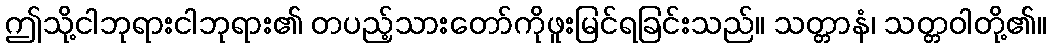
ဤသို့ငါဘုရားငါဘုရား၏ တပည့်သားတော်ကိုဖူးမြင်ရခြင်းသည်။ သတ္တာနံ၊ သတ္တဝါတို့၏။